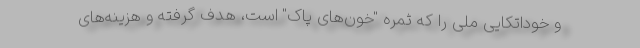
و خوداتکایی ملی را که ثمره "خون‌های پاک" است، هدف گرفته و هزینه‌های